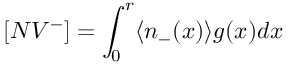
[ N V ^ { - } ] = \int _ { 0 } ^ { r } \langle n _ { - } ( x ) \rangle g ( x ) d x